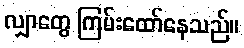
လျှာတွေ ကြမ်းထော်နေသည်။